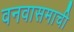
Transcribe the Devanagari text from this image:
वनवासमाची